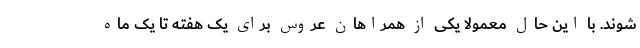
شوند. با این حال معمولاً یکی از همراهان عروس برای یک هفته تا یک ماه